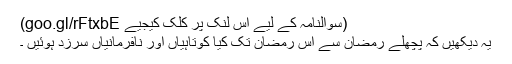
(سوالنامہ کے لیے اس لنک پر کلک کیجیے goo.gl/rFtxbE)
یہ دیکھیں کہ پچھلے رمضان سے اس رمضان تک کیا کوتاہیاں اور نافرمانیاں سرزد ہوئیں ۔